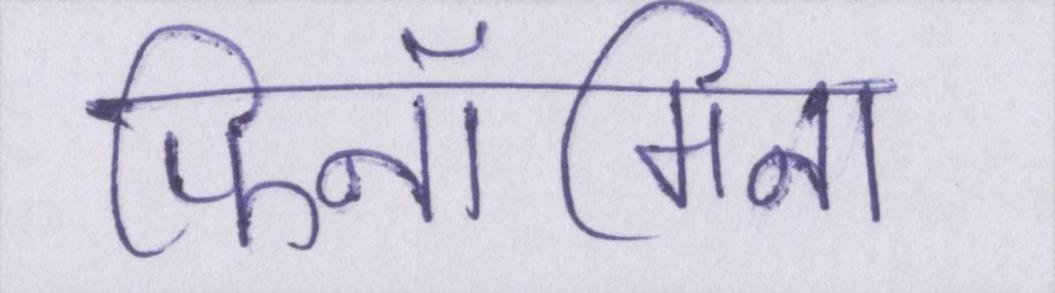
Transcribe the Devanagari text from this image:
फिनॉमिना